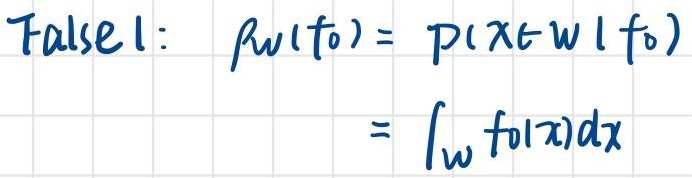
False 1:
\begin{align*}
\mu_{W}(f_0)&= P(X\in W|f_0)\\
&=\int_{W} f_0(x)dx
\end{align*}